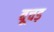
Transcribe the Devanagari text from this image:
बूचड़